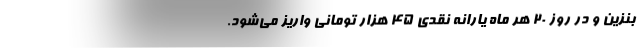
بنزین و در روز ۲۰ هر ماه یارانه نقدی ۴۵ هزار تومانی واریز می‌شود.